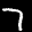
Label: 7